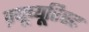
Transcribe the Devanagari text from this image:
फ़्यूच्यूरिस्ट